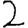
Digit: 2